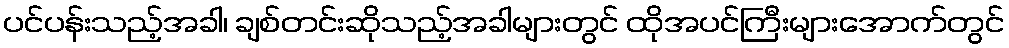
ပင်ပန်းသည့်အခါ၊ ချစ်တင်းဆိုသည့်အခါများတွင် ထိုအပင်ကြီးများအောက်တွင်